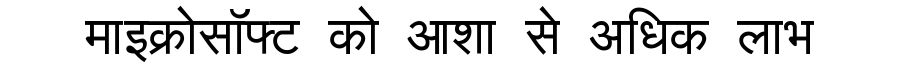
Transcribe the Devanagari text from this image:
माइक्रोसॉफ्ट को आशा से अधिक लाभ